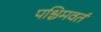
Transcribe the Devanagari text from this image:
पश्चिमवर्त